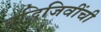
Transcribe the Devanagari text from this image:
बुद्धिजिवींची